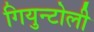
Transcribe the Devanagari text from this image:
गियुन्टोली